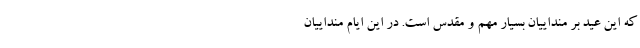
که این عید بر منداییان بسیار مهم و مقدس است. در این ایام منداییان